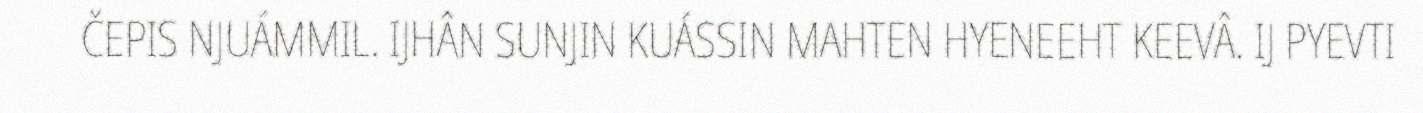
ČEPIS NJUÁMMIL. IJHÂN SUNJIN KUÁSSIN MAHTEN HYENEEHT KEEVÂ. IJ PYEVTI